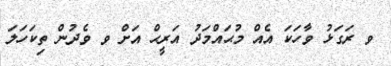
ވ ރަގަޅު ވާހަކަ އެއް މުޙައްމަދު އަރީޙް އަށް ވ ވެދުން ތިކަހަލަ